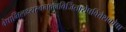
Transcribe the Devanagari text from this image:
वेषाभिलक्ष्यस्वभवनविजिताशेषवित्तेशकोषा